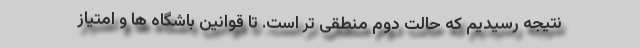
نتیجه رسیدیم که حالت دوم منطقی تر است. تا قوانین باشگاه ها و امتیاز